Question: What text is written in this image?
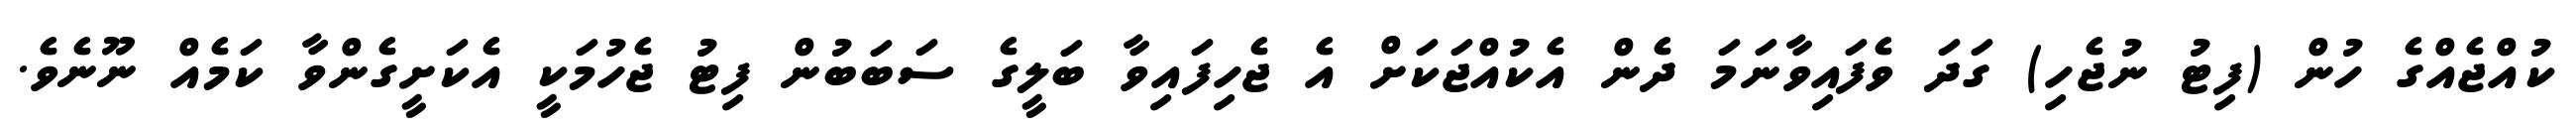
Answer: ކުއްޖެއްގެ ހުން (ފިޓު ނުޖެހި) ގަދަ ވެފައިވާނަމަ ދެން އެކުއްޖަކަށް އެ ޖެހިފައިވާ ބަލީގެ ސަބަބުން ފިޓު ޖެހުމަކީ އެކަށީގެންވާ ކަމެއް ނޫނެވެ.